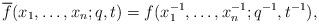
LaTeX: \begin{align*}\overline{f}(x_1, \ldots, x_n;q,t) &= f(x_1^{-1}, \ldots, x_n^{-1}; q^{-1}, t^{-1}),\end{align*}